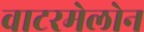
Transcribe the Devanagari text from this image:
वाटरमेलोन